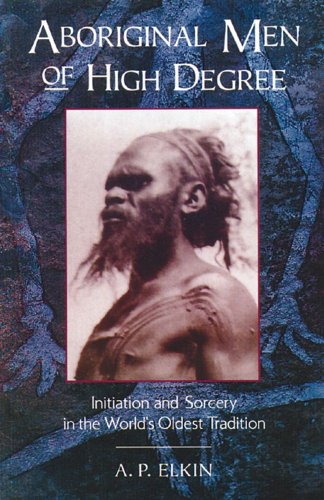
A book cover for Aboriginal Men of High Degree: Initiation and Sorcery in the World's Oldest Tradition; A. P. Elkin; Religion & Spirituality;